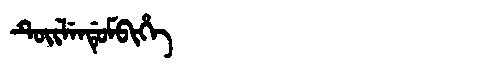
Manchu: ᡨᡠᡳᠯᡝᠨᡩᡠᠮᠪᡳᡥᡝ
Romanization: TUILENDUMBIHE